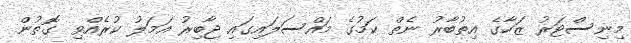
މިނިސްޓަރު ޒަހާގެ އިތުބާރު ނެތް ކަމުގެ މައްސަލައިގައި ޖާބިރު އަމަލު ކުރެއްވި ގޮތުން